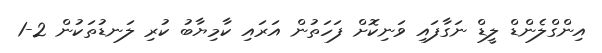
އިންގްލެންޑް ލީޑް ނަގާފައި ވަނިކޮށް ފަހަތުން އަރައި ކާމިޔާބު ކުރި ލަނޑުތަކުން 2-1